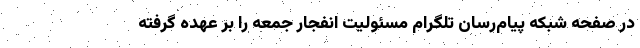
در صفحه شبکه پیام‌رسان تلگرام مسئولیت انفجار جمعه را بر عهده گرفته